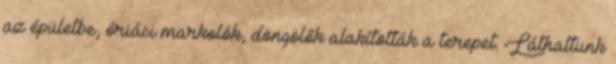
az épületbe, óriási markolók, döngölők alakították a terepet. Láthattunk